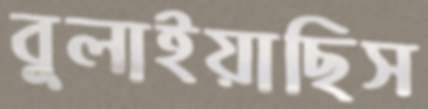
বুলাইয়াছিস